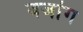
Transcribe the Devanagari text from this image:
बजांग